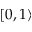
[ 0 , 1 \rangle